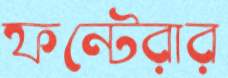
ফন্টেরার